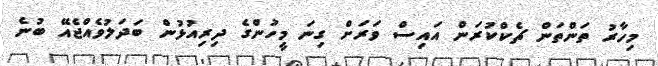
މިހާރު ތަންތަން ޗެކްކުރަން އައިސް ވަރަށް ގިނަ މީހުންގެ ދިރިއުޅުން ބަދަލުވެއްޖެއޭ ބުނެ